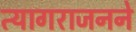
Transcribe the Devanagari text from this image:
त्यागराजनने